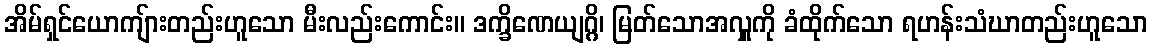
အိမ်ရှင်ယောကျ်ားတည်းဟူသော မီးလည်းကောင်း။ ဒက္ခိဏေယျဂ္ဂိ၊ မြတ်သောအလှူကို ခံထိုက်သော ရဟန်းသံဃာတည်းဟူသော